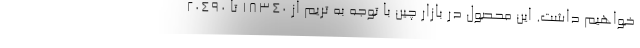
خواهیم داشت. این محصول در بازار چین با توجه به تریم از 18340 تا 20490